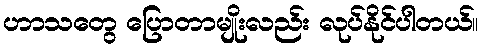
ဟာသတွေ ပြောတာမျိုးလည်း လုပ်နိုင်ပါတယ်။